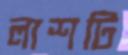
লাশটি